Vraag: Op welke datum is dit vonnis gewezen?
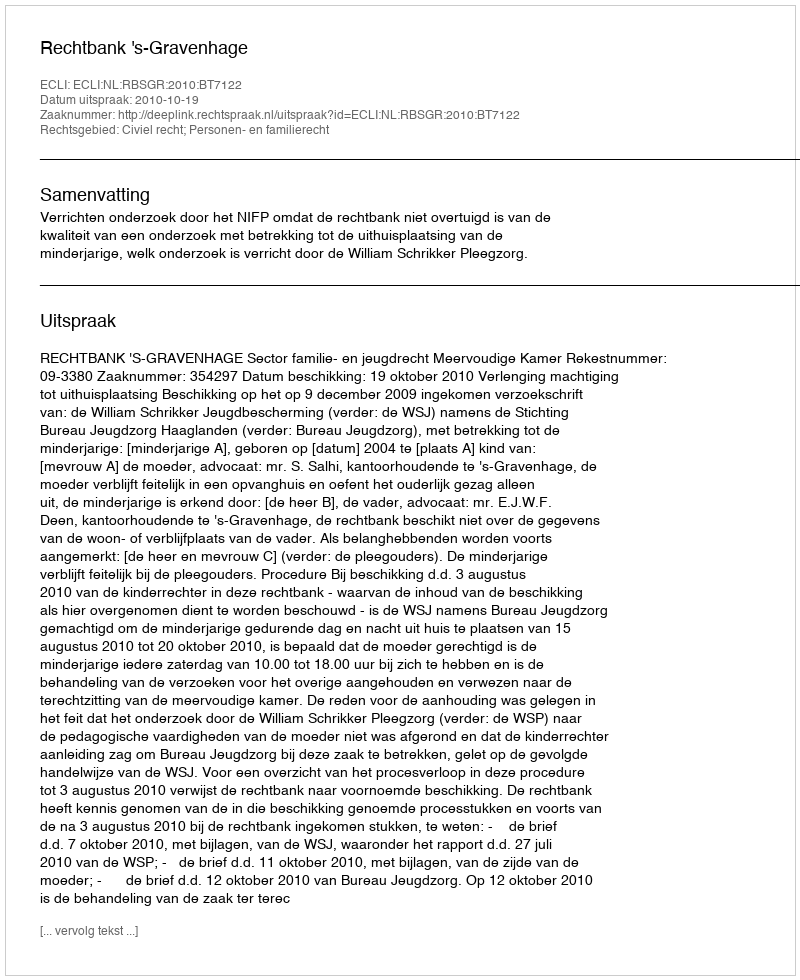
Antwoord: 2010-10-19